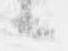
候